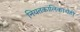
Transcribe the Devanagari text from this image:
नियतकालिकाचेही